Lunatic asylums United Provinces 1899-1908 - 1899-1908
Year: 1899
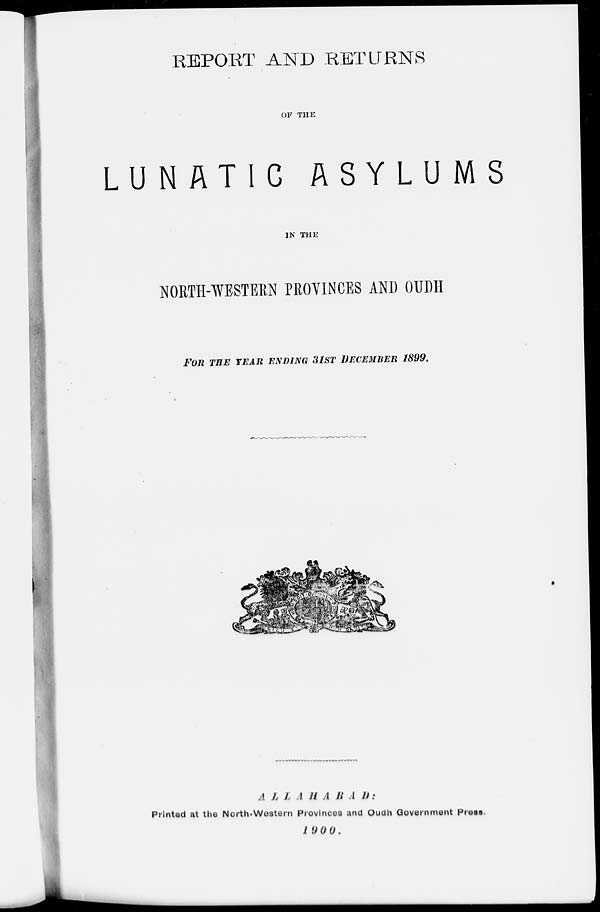
REPORT AND RETURNS
OF THE
LUNATIC ASYLUMS
IN THE
NORTH-WESTERN PROVINCES AND OUDH
FOR THE YEAR ENDING 31ST DECEMBER 1899.
ALLAHABAD:
Printed at the North-Western Provinces and Oudh Government Press.
1900.